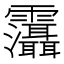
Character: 𩇋